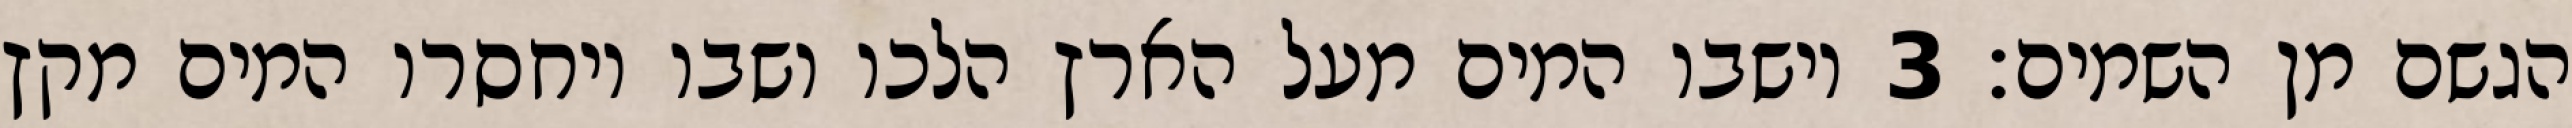
הגשם מן השמים׃ ‎3‏ וישבו המים מעל הארץ הלכו ושבו ויחסרו המים מקץ